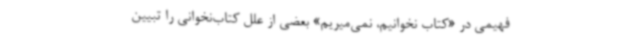
فهیمی در «کتاب نخوانیم، نمی‌میریم» بعضی از علل کتاب‌نخوانی را تبیین